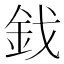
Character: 鈛